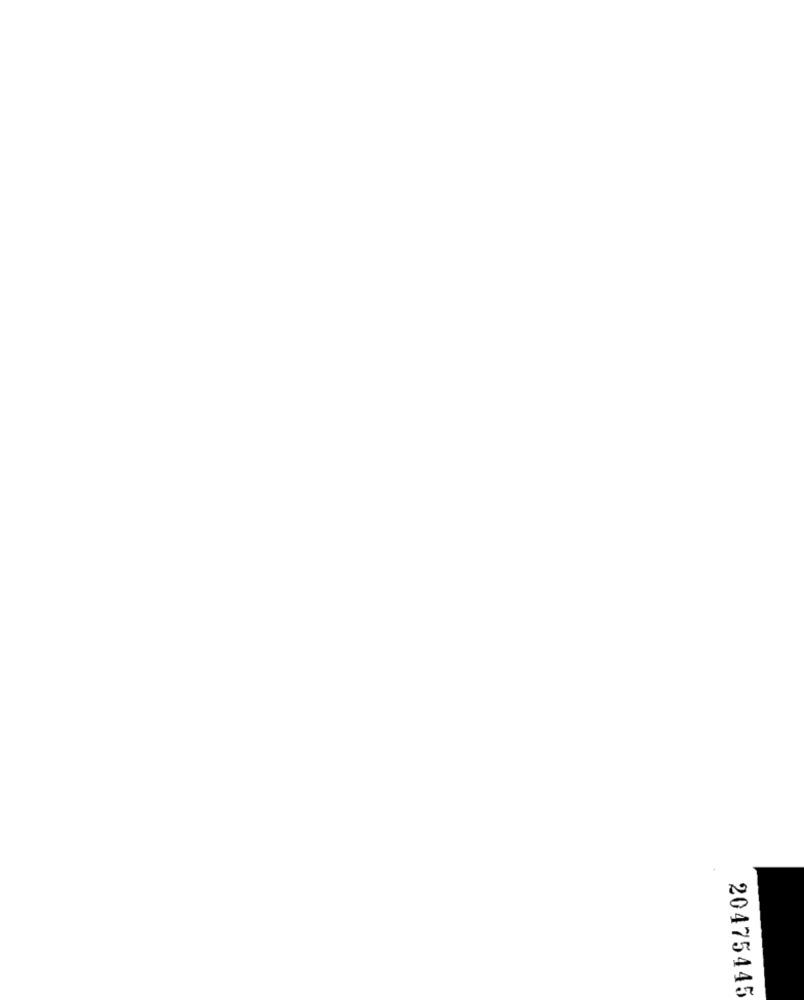
20475445